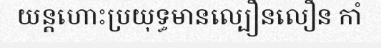
យន្តហោះប្រយុទ្ធមានល្បឿនលឿន កាំ